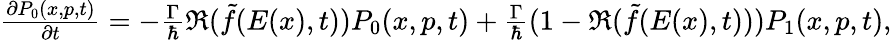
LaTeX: \begin{array}{r}{\frac{\partial P_{0}(x,p,t)}{\partial t}=-\frac{\Gamma}{\hbar}\Re(\tilde{f}(E(x),t))P_{0}(x,p,t)+\frac{\Gamma}{\hbar}(1-\Re(\tilde{f}(E(x),t)))P_{1}(x,p,t),}\end{array}